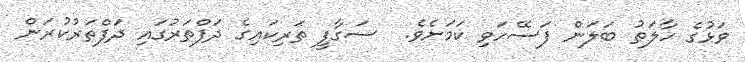
ވަޅުގެ ހާލަތު ބަލަން ފަސޭހަވި ކަމަށެވެ.  ސަގާފީ ތަރިކައިގެ ދަފްތަރުގައި ދަފްތަރުކުރަން